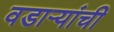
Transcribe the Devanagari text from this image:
वडार्‍यांची